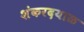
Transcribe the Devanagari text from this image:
शंकरदयाळ